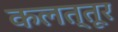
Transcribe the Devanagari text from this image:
कलत्तूर